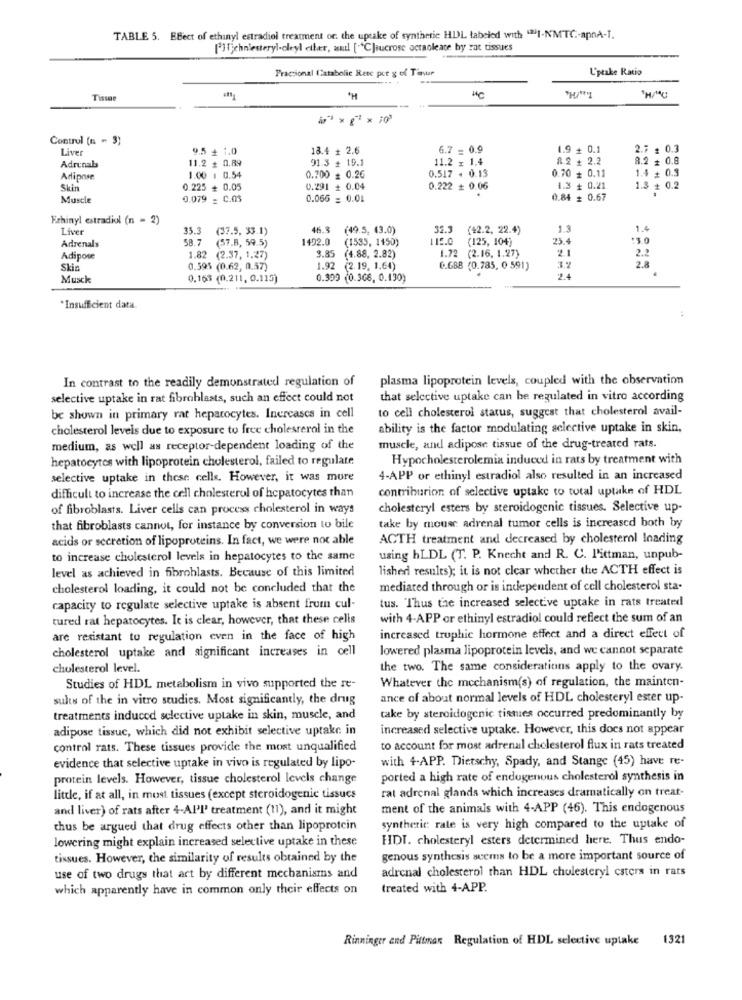
TABLE 5. EBect of ethinyl estradiol treatment of. the uptake of synthetic HDL tabeled with "2I-NMTC :- apnA-I.
[']ichniesteryl-oleyl etter, and [ C]iucrose octaoleate by rat tissues
Praccional Catabolie Rete por g of Tonsur
L'peake Ratio
Tissa
"H
WC
Control (n = 3)
Liver
9.5 + 1.0
18.4 + 2.6
6.7 = 0.9
1.9 + 0.1
2.7 : 0.3
11.2 + 0.89
91.3 + 19.1
11.2 x 1.4
8.2 + 2.2
8.2 + 0.8
Adrenals
0.517 - 0.13
0.70 + 0.11
1.4 + 0.3
Adipose
1.00 1 0.54
0.700 = 0.26
Skin
0.225 + 0.05
0.291 + 0.04
0.222 + 0.06
1.3 + 0.21
1.3 + 0.2
Muscle
0.079 = C.0s
0.066 = 0.01
0.84 = 0.67
Ethinyl estradiol (n = 2)
Liver
35.3
(37.5, 33.1)
46.3
(49.5, 43.0)
32.5
(42.2. 22.4)
1.3
1.4
Adrenals
58.7
(57.8, 59.5)
1492.0
(1535, 1150)
112.0
(125, 104)
25.4
:3.0
2.2
Adipose
2 (2.37, 1.27)
3.85 (4.88, 2.82)
1.72 (2.16. 1.27)
2.8
Skin
0.595 (0.62, 0.57)
1.92 (2.19. 1,64)
6.688 (0.785, 0 591)
Musck
0.163 (0.211, 0.115)
0.309 (0.366, 0.130)
*Insufficient data
plasma lipoprotein levels, coupled with the observation
In contrast to the readily demonstrated regulation of
selective uptake in rat fibroblasts, such an effect could not
that selective uptake can be regulated in vitro according
to cell cholesterol status, suggest that cholesterol avail-
be shown in primary rat hepatocytes. Increases in cell
cholesterol levels due to exposure to free cholesterol in the
ability is the factor modulating selective uptake in skin,
medium, as well as receptor-dependent loading of the
muscle, and adipose tissue of the drug-treated rats.
hepatocytes with lipoprotein cholesterol, failed to regulate
Hypocholesterolemia induced in rats by treatment with
selective uptake in these cells. However, it was more
4-APP or ethinyl estradiol also resulted in an increased
contribution of selective uptake to total uptake of HDL
difficult to increase the cell cholesterol of hepatocytes than
of fibroblasts. Liver cells can process cholesterol in ways
cholesteryl esters by steroidogenic tissues. Selective up-
that fibroblasts cannot, for instance by conversion to bile
take by mouse adrenal tumor cells is increased both by
acids or secretion of lipoproteins. In fact, we were not able
ACTH treatment and decreased by cholesterol loading
to increase cholesterol levels in hepatocytes to the same
using hLDL (T. P. Knecht and R. C. l'ittman, unpub-
level as achieved in fibroblasts. Because of this limited
lished results); it is not clear whether the ACTH effect is
cholesterol loading, it could not be concluded that the
mediated through or is independent of cell cholesterol sta-
tus. Thus the increased selective uptake in rats treated
capacity to regulate selective uptake is absent from cul-
tured rat hepatocytes. It is clear, however, that these cells
with 4-APP or ethinyl estradiol could reflect the sum of an
are resistant to regulation even in the face of high
increased trophic hormone effect and a direct effect of
cholesterol uptake and significant increases in cell
lowered plasma lipoprotein levels, and we cannot separate
cholesterol level.
the two. The same considerations apply to the ovary.
Whatever the mechanism(s) of regulation, the mainten-
Studies of HDL metabolism in vivo supported the re-
sults of the in vitro studies. Most significantly, the drug
ance of about normal levels of HDL cholesteryl ester up-
treatments induced selective uptake in skin, muscle, and
take by steroidogenic tistes occurred predominantly by
adipose tissue, which did not exhibit selective uptake in
increased selective uptake. However, this does not appear
control rats. These tissues provide the most unqualified
to account for most adrenal cholesterol flux in rats treated
with 4-APP. Dietschy, Spady, and Stange (45) have re-
evidence that selective uptake in vivo is regulated by lipo-
protein levels. However, tissue cholesterol levels change
ported a high rate of endogenous cholesterol synthesis in
ral adrenal glands which increases dramatically on treat-
little, if at all, in most tissues (except steroidogenic tissues
and liver) of rats after 4-All' treatment (11), and it might
ment of the animals with 4-APP (46). This endogenous
thus be argued that drug effects other than lipoprotein
synthetic rate is very high compared to the uptake of
lowering might explain increased selective uptake in these
HDI. cholesteryl esters determined here. Thus endo-
tissues. However, the similarity of results obtained by the
genous synthesis seems to be a more important source of
adrenal cholesterol than HDL cholesteryl caters in rats
use of two drugs that art by different mechanisms and
which apparently have in common only their effects on
treated with 4-APP.
Rinninger and Pittman Regulation of HDL selective uptake 1321